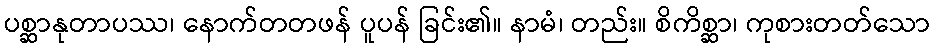
ပစ္ဆာနုတာပဿ၊ နောက်တတဖန် ပူပန် ခြင်း၏။ နာမံ၊ တည်း။ စိကိစ္ဆာ၊ ကုစားတတ်သော